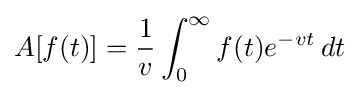
A[f(t)]={\frac {1}{v}}\int _{0}^{\infty }f(t)e^{-vt}\,dt